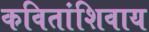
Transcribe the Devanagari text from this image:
कवितांशिवाय